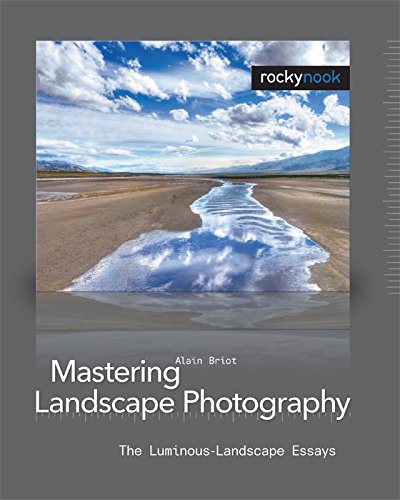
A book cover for Mastering Landscape Photography: The Luminous Landscape Essays; Alain Briot; Arts & Photography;